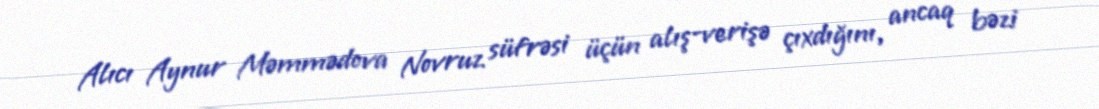
Alıcı Aynur Məmmədova Novruz süfrəsi üçün alış-verişə çıxdığını, ancaq bəzi